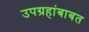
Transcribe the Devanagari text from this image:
उपग्रहांबाबत